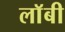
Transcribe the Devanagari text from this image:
लाॅबी